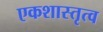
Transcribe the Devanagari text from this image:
एकशास्तृत्व